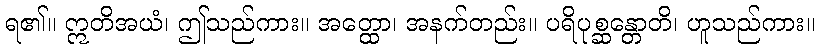
ရ၏။ ဣတိအယံ၊ ဤသည်ကား။ အတ္ထော၊ အနက်တည်း။ ပရိပုစ္ဆန္တောတိ၊ ဟူသည်ကား။